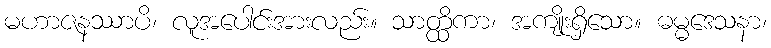
မဟာဇနဿာပိ၊ လူအပေါင်းအားလည်း။ သာတ္ထိကာ၊ အကျိုးရှိသော။ ဓမ္မဒေသနာ၊